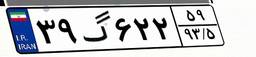
۳۹گ۶۲۲۵۹